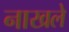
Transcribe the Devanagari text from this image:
नाखले